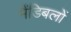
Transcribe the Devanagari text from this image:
मैंडिबलों